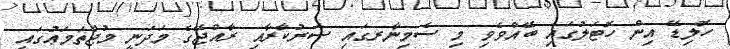
ހޮލިޑޭ އިން ހޮޓަލުގައި ބޭއްވެވި މި ސެމިނާރގައި ސަރުކާރާއި ރާއްޖޭގެ މަދަނީ މުޖްތަމަޢުގައި